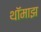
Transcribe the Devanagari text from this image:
थॉमाझ